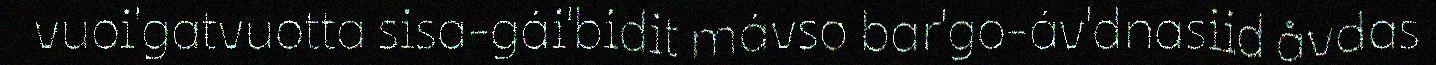
vuoi'gatvuotta sisa-gái'bidit mávso bar'go-áv'dnasiid åvdas